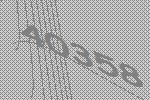
40358